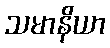
သမာနိယာ